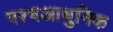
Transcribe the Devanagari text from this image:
पश्चआधुनिक